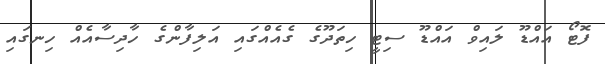
ފޮޓޯ އައްޑޫ ލައިވް އައްޑޫ ސިޓީ ހިތަދޫގެ ގެއެއްގައި އަލިފާންގެ ހާދިސާއެއް ހިނގައި